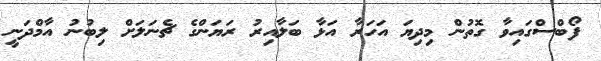
ފޯބްސްގައިވާ ގޮތުން މިދިޔަ އަހަރާ އަޅާ ބަލާއިރު ރަޔަންގެ ޗެނަލަށް ލިބުނު އާމްދަނީ